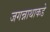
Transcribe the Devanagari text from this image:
जगन्नाथाकडे